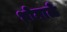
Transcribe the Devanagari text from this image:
भोगाळे